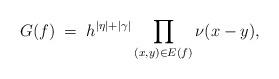
LaTeX: \begin{align*} G(f)\;=\;h^{|\eta|+|\gamma|}\prod_{(x, y)\in E(f)}\nu(x-y),\end{align*}